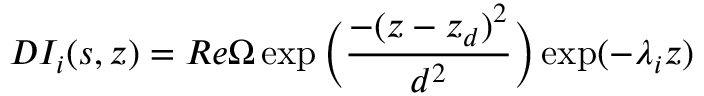
D I _ { i } ( s , z ) = R e \Omega \exp \bigg ( \displaystyle \frac { - ( z - z _ { d } ) ^ { 2 } } { d ^ { 2 } } \bigg ) \exp ( - \lambda _ { i } z )